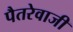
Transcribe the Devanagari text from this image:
पैतरेवाजी